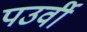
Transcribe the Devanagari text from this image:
पउर्वी